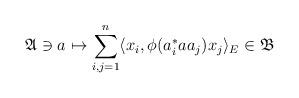
LaTeX: \begin{align*} \mathfrak A \ni a \mapsto \sum_{i,j=1}^n \langle x_i, \phi(a^\ast_i a a_j) x_j \rangle_E \in \mathfrak B \end{align*}